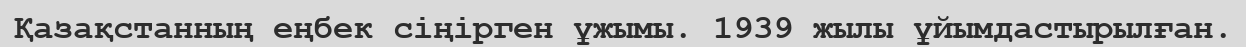
Қазақстанның еңбек сіңірген ұжымы. 1939 жылы ұйымдастырылған.